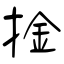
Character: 捦